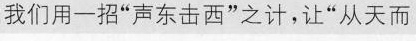
我们用一招”声东击西”之计，让”从天而